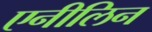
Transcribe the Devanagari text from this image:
एनीलिन